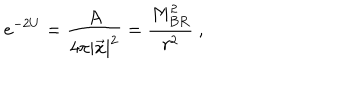
e ^ { - 2 U } = { \frac { A } { 4 \pi | \vec { x } | ^ { 2 } } } = { \frac { M _ { B R } ^ { 2 } } { r ^ { 2 } } } \ ,